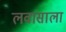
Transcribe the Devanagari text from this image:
लवासाला